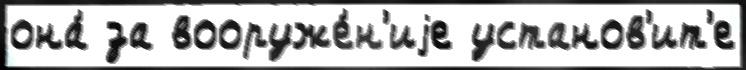
она́ за вооруже́н'иjе установ'ит'е